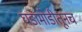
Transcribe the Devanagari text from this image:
घडामोडीतूनच